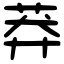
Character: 莽